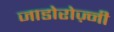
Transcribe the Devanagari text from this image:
जाडोरोज़्नी